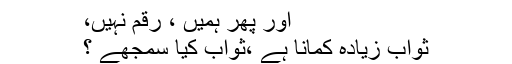
اور پھر ہمیں ، رقم نہیں،
ثواب زیادہ کمانا ہے ،ثواب کیا سمجھے ؟